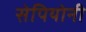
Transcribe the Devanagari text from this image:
सेपियोनी